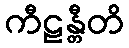
ကီဠန္တီတိ